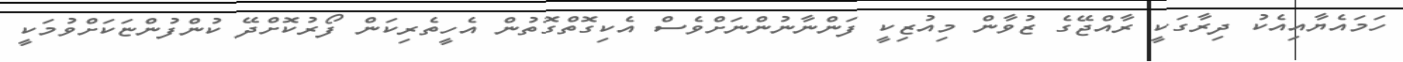
ހަމައެޔާއިއެކު ދިރާގަކީ ރާއްޖޭގެ ޒުވާން މިއުޒިކީ ފަންނާނުންނަށްވެސް އެކިގޮތްގޮތުން އެހީތެރިކަން ފޯރުކޮށްދޭ ކުންފުންޏަކަށްވުމަކީ